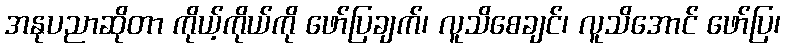
အနုပညာဆိုတာ ကိုယ့်ကိုယ်ကို ဖော်ပြချက်၊ လူသိစေချင်၊ လူသိအောင် ဖော်ပြ၊